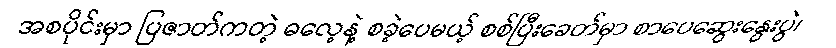
အစပိုင်းမှာ ပြဇာတ်ကတဲ့ ဓလေ့နဲ့ စခဲ့ပေမယ့် စစ်ပြီးခေတ်မှာ စာပေဆွေးနွေးပွဲ၊